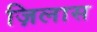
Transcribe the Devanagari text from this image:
ज़िलास